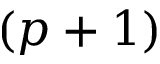
( p + 1 )